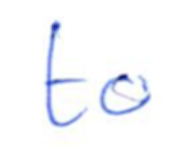
Text: to
Cross-out: clean
Writing tool: ballpoint